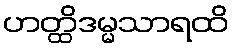
ဟတ္ထိဒမ္မသာရထိ